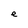
Character: e